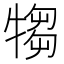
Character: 犓